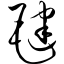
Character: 毽